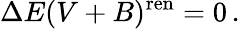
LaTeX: \Delta E(V+B)^{\mathrm{ren}}=0\, .